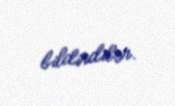
bildirdilər.